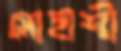
সোহাশী